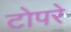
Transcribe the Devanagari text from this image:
टोपरे